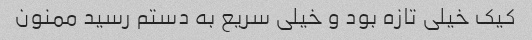
کیک خیلی تازه بود و خیلی سریع به دستم رسید ممنون